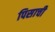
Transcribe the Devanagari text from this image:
पिसाची